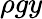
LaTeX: \rho gy